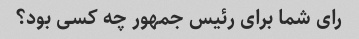
رای شما برای رئیس جمهور چه کسی بود؟